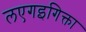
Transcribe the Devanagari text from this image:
लएगइगिक्ता